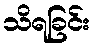
သိရခြင်း